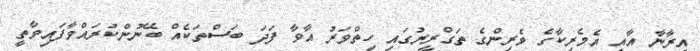
އީރާނާ އާއި އެމެރިކާގެ ވެރިންގެ ތަގްރީރުގައި ހިތްވަރު އާވާ ފަދަ ބަސްތަކެއް ބޭނުންކުރައްވާފައިވާތީ